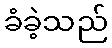
ခံခဲ့သည်